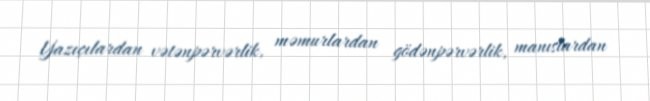
Yazıçılardan vətənpərvərlik, məmurlardan gödənpərvərlik, manıslardan